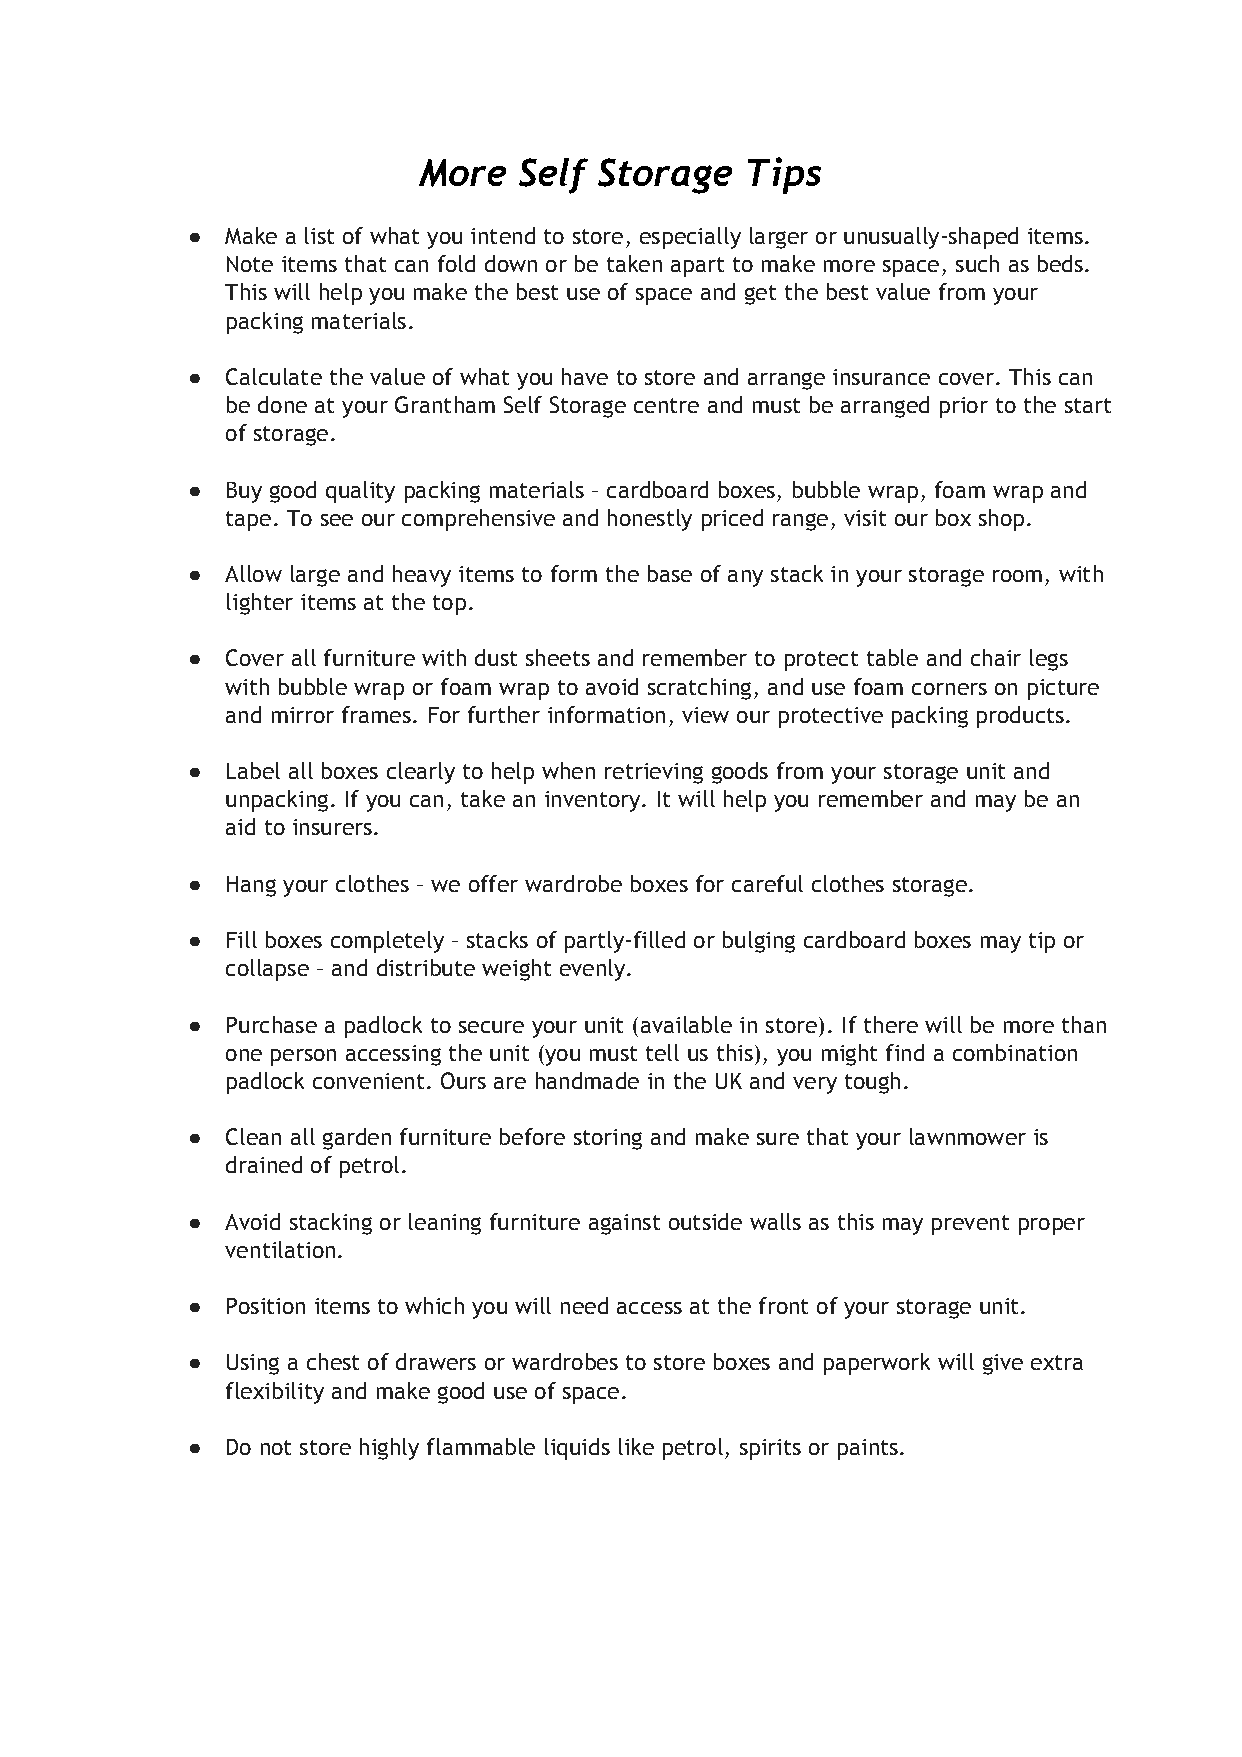
More  Self  Storage  Tips
 ●  Make a list of what you intend to store, especially larger or unusually-shaped items.
 Note items that can fold down or be taken apart to make more space, such as beds.
 This will help you make the best use of space and get the best value from your
 packing materials.
 ●  Calculate the value of what you have to store and arrange insurance cover. This can
 be done at your Grantham Self Storage centre and must be arranged prior to the start
 of storage.
 ●  Buy good quality packing materials – cardboard boxes, bubble wrap, foam wrap and
 tape. To see our comprehensive and honestly priced range, visit our box shop.
 ●  Allow large and heavy items to form the base of any stack in your storage room, with
 lighter items at the top.
 ●  Cover all furniture with dust sheets and remember to protect table and chair legs
 with bubble wrap or foam wrap to avoid scratching, and use foam corners on picture
 and mirror frames. For further information, view our protective packing products.
 ●  Label all boxes clearly to help when retrieving goods from your storage unit and
 unpacking. If you can, take an inventory. It will help you remember and may be an
 aid to insurers.
 ●  Hang your clothes – we offer wardrobe boxes for careful clothes storage.
 ●  Fill boxes completely – stacks of partly-filled or bulging cardboard boxes may tip or
 collapse – and distribute weight evenly.
 ●  Purchase a padlock to secure your unit (available in store). If there will be more than
 one person accessing the unit (you must tell us this), you might find a combination
 padlock convenient. Ours are handmade in the UK and very tough.
 ●  Clean all garden furniture before storing and make sure that your lawnmower is
 drained of petrol.
 ●  Avoid stacking or leaning furniture against outside walls as this may prevent proper
 ventilation.
 ●  Position items to which you will need access at the front of your storage unit.
 ●  Using a chest of drawers or wardrobes to store boxes and paperwork will give extra
 flexibility and make good use of space.
 ●  Do not store highly flammable liquids like petrol, spirits or paints.